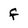
Character: f